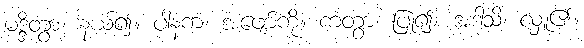
မဒ္ဒိတွာ၊ နယ်၍။ ပါနကံ၊ အဖျော်ကို။ ကတွာ၊ ပြု၍။ အဒါသိ၊ လှူ၏။